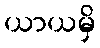
ယာယမှိ